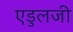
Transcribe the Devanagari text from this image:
एडुलजी